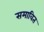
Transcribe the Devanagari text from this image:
समावित